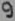
Text: 9